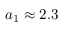
a _ { 1 } \approx 2 . 3